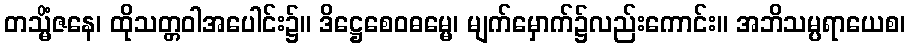
တသ္မိံဇနေ၊ ထိုသတ္တဝါအပေါင်း၌။ ဒိဋ္ဌေစေဝဓမ္မေ၊ မျက်မှောက်၌လည်းကောင်း။ အဘိသမ္ပရာယေစ၊